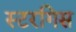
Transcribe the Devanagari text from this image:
स्टरगिस